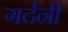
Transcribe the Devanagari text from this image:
गर्दनी